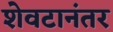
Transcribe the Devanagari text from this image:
शेवटानंतर